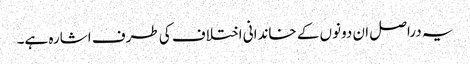
یہ دراصل ان دونوں کے خاندانی اختلاف کی طرف اشارہ ہے۔